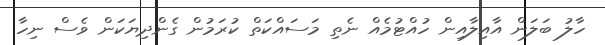
ހާލު ބަލަން އާއިލާއިން ހުއްޓުމެއް ނެތި މަސައްކަތް ކުރަމުން ގެންދިޔަކަން ވެސް ނިހާ